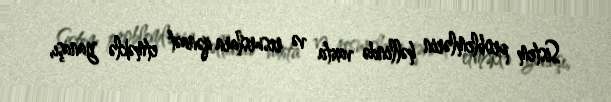
Sistem problemlərin həllində vaxta və resurslara qənaət etməklə yanaşı,